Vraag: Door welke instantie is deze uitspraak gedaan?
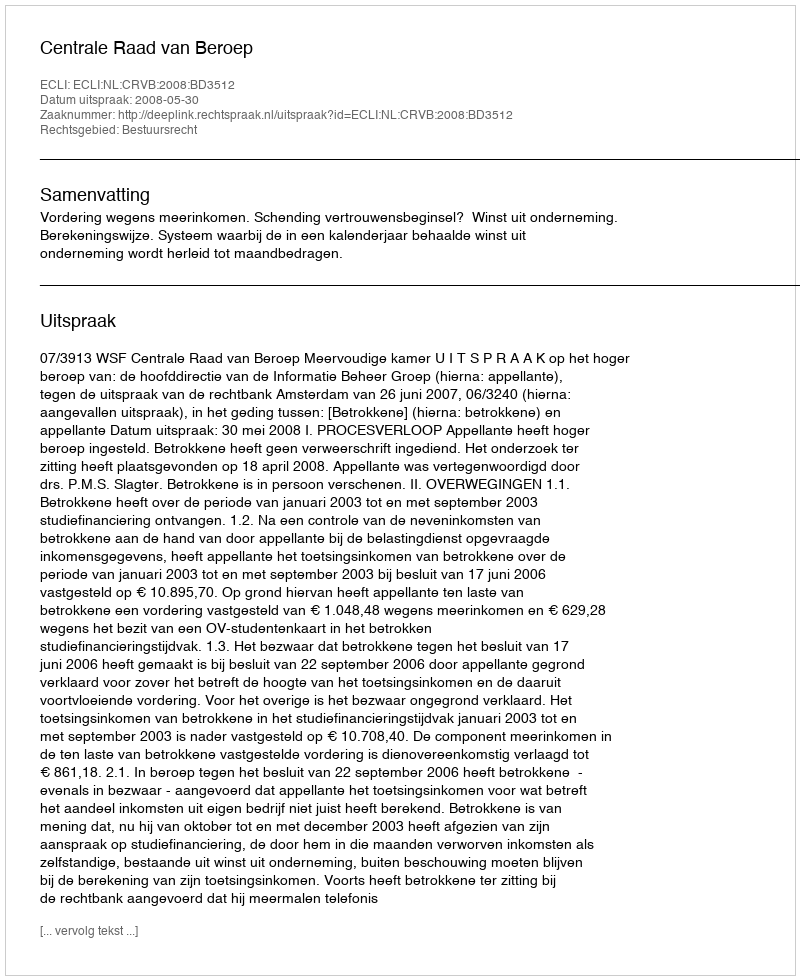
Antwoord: Centrale Raad van Beroep